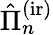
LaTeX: \hat{\Pi}_{n}^{\mathrm{(ir)}}